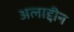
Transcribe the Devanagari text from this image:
अलाद्दीन